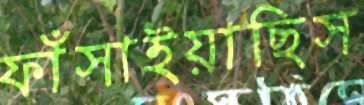
ফাঁসাইয়াছিস